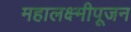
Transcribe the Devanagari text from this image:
महालक्ष्मीपूजन